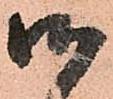
御